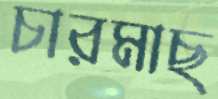
চারমাছ